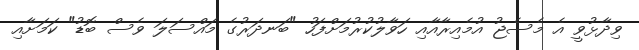
ވިދާޅުވީ އެ މެސެޖު އުމެއިރާއާއި ހަވާލުކުރުމަށްފަހު "ބަނދަރުގެ މައްސަލަ ވެސް ބޮޑު" ކަމަށާއި